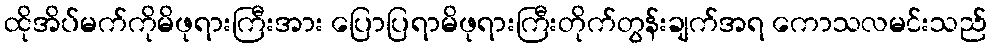
ထိုအိပ်မက်ကိုမိဖုရားကြီးအား ပြောပြရာမိဖုရားကြီးတိုက်တွန်းချက်အရ ကောသလမင်းသည်